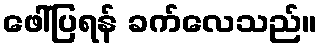
ဖေါ်ပြရန် ခက်လေသည်။